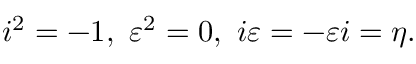
i ^ { 2 } = - 1 , \ \varepsilon ^ { 2 } = 0 , \ i \varepsilon = - \varepsilon i = \eta .